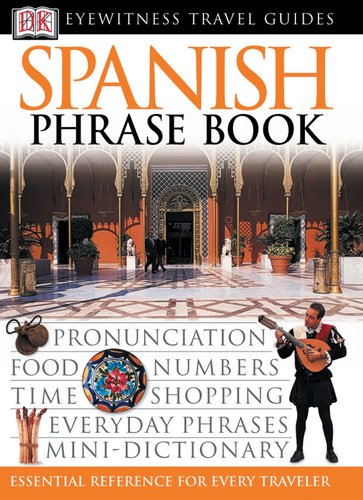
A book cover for Spanish (Eyewitness Travel Guide Phrase Books); DK Publishing; Reference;